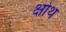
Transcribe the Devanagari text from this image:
क्षोथ